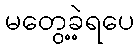
မတွေ့ခဲ့ရပေ